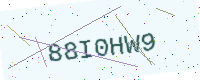
Text: 88I0HW9